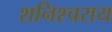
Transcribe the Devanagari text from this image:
शनिश्चराय